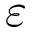
\varepsilon